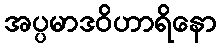
အပ္ပမာဒဝိဟာရိနော